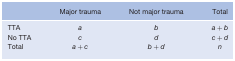
<table><thead><tr><td></td><td><b>Major trauma</b></td><td><b>Not major trauma</b></td><td><b>Total</b></td></tr></thead><tbody><tr><td>TTA</td><td><i>a</i></td><td><i>b</i></td><td><i>a</i> + <i>b</i></td></tr><tr><td>No TTA</td><td><i>c</i></td><td><i>d</i></td><td><i>c</i> + <i>d</i></td></tr><tr><td>Total</td><td><i>a</i> + <i>c</i></td><td><i>b</i> + <i>d</i></td><td><i>n</i></td></tr></tbody></table>